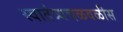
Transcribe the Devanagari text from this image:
स्वातंत्र्यचळवळीस